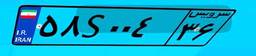
۱۷S۳۱۲۲۶